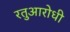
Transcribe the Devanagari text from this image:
रतुआरोधी